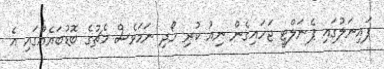
ފައިނަލުގައި ޕެނަލްޓީ ޖަހައިގެން ނިއު ކުރި ހޯދި ނަމަވެސް މެޗުގެ ބޮޑުބައެއްގައި އެ